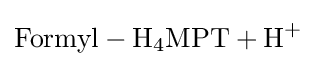
{\ce {Formyl - H4MPT + H+}}